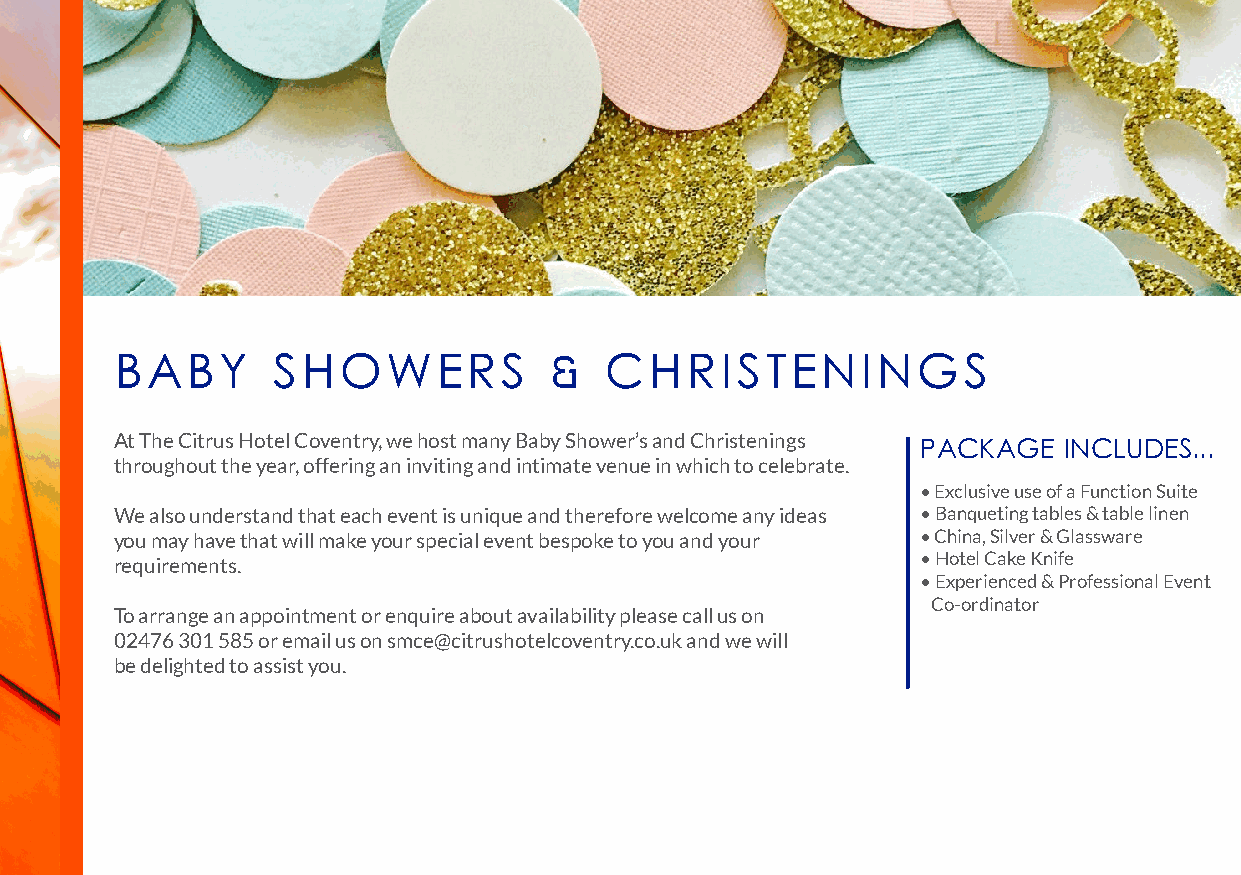
BABY      SHOWERS           &   CHRISTENINGS
 At The Citrus Hotel Coventry, we host many Baby Shower’s and Christenings
 PACKAGE  INCLUDES...
 throughout the year, offering an inviting and intimate venue in which to celebrate.
 • Exclusive use of a Function Suite
 We also understand that each event is unique and therefore welcome any ideas • Banqueting tables & table linen
 you may have that will make your special event bespoke to you and your • China, Silver & Glassware
 requirements.                                        • Hotel Cake Knife
 • Experienced & Professional Event
 Co-ordinator
 To arrange an appointment or enquire about availability please call us on
 02476 301 585 or email us on smce@citrushotelcoventry.co.uk and we will
 be delighted to assist you.